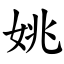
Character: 姚